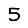
Digit: 5